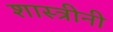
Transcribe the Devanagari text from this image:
शास्त्रीनी